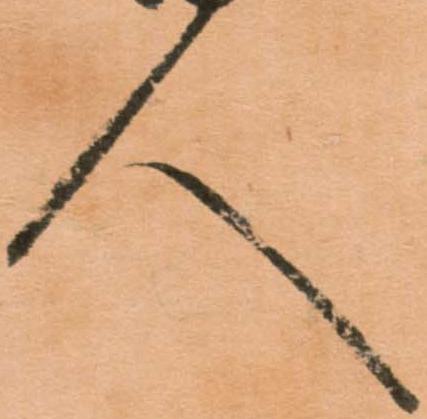
人